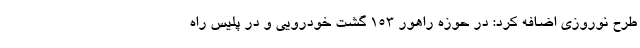
طرح نوروزی اضافه کرد: در حوزه راهور ۱۵۳ گشت خودرویی و در پلیس راه